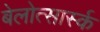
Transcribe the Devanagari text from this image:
बेलोत्सार्स्क